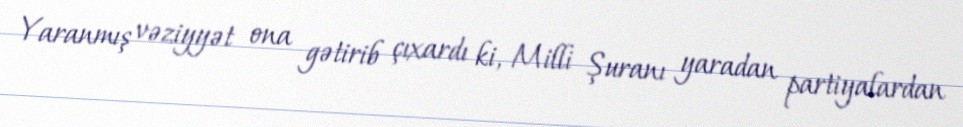
Yaranmış vəziyyət ona gətirib çıxardı ki, Milli Şuranı yaradan partiyalardan